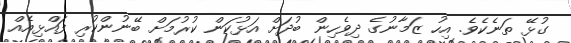
ގުޅޭ ތަނެކެވެ. އިހު ޒަމާނުގެ ދިވެހިން ބުދަށް އަޅުކަން ކުރުމަށް ބޭނުންކުރި ފައްޅިއެއް